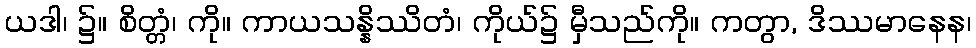
ယဒါ၊ ၌။ စိတ္တံ၊ ကို။ ကာယသန္နိဿိတံ၊ ကိုယ်၌ မှီသည်ကို။ ကတွာ, ဒိဿမာနေန၊